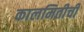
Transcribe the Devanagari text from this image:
कालमितीची